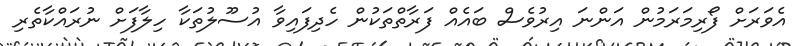
އެވަރަށް ފޯރިމަރަމުން އަންނަ އިރުވެސް ބައެއް ފަރާތްތަކުން ހެދިފައިވާ އުސޫލުތަކާ ހިލާފަށް ނުރައްކާތެރި